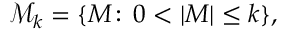
{ \mathcal M } _ { k } = \{ M \! : \, 0 < | M | \le k \} ,